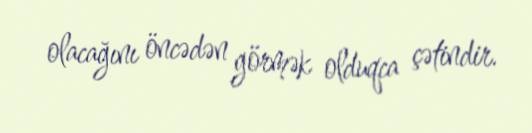
olacağını öncədən görmək olduqca çətindir.